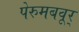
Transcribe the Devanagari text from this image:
पेरुमबवूर्